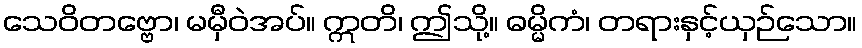
သေဝိတဗ္ဗော၊ မမှီဝဲအပ်။ ဣတိ၊ ဤသို့။ ဓမ္မိကံ၊ တရားနှင့်ယှဉ်သော။